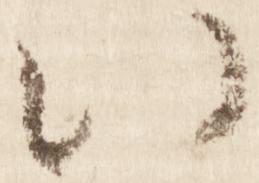
い